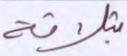
بثلاثة